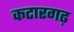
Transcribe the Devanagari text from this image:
कटारगढ़